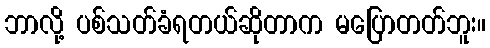
ဘာလို့ ပစ်သတ်ခံရတယ်ဆိုတာက မပြောတတ်ဘူး။